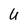
Character: U